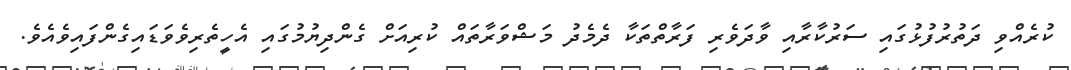
ކުރެއްވި ދަތުރުފުޅުގައި ސަރުކާރާއި ވާދަވެރި ފަރާތްތަކާ ދެމެދު މަޝްވަރާތައް ކުރިއަށް ގެންދިޔުމުގައި އެހީތެރިވެވަޑައިގެންފައިވެއެވެ.